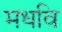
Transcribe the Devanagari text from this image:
मधवि